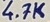
Text: 4.7K